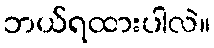
ဘယ်ရထားပါလဲ။